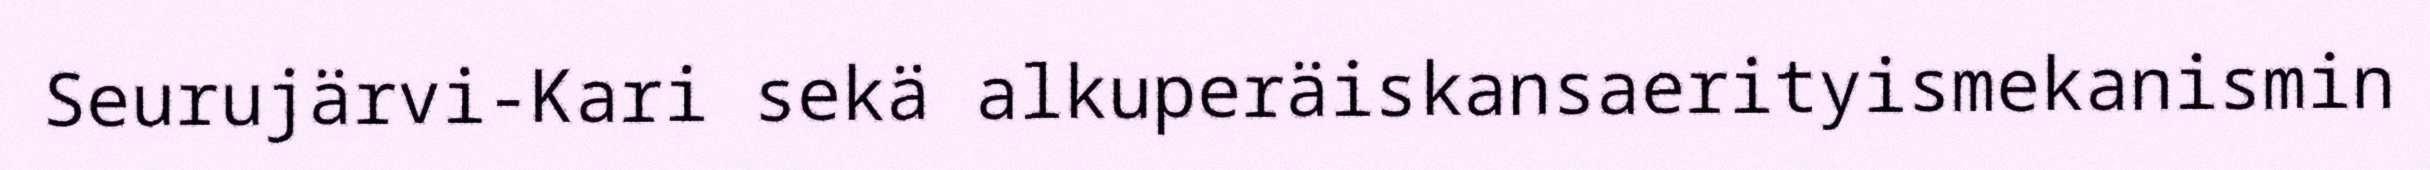
Seurujärvi-Kari sekä alkuperäiskansaerityismekanismin